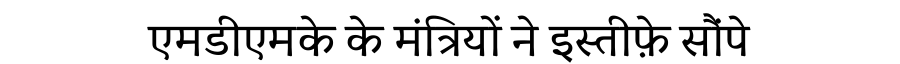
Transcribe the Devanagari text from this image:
एमडीएमके के मंत्रियों ने इस्तीफ़े सौंपे